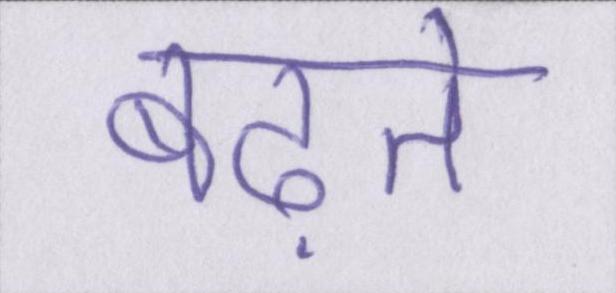
बढ़ते